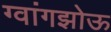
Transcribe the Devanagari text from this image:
ग्वांगझोऊ